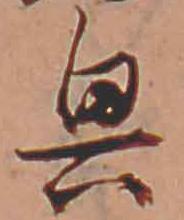
興